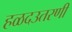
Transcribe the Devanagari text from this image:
हळदउतरणी